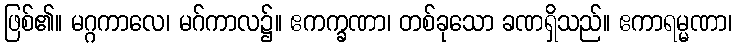
ဖြစ်၏။ မဂ္ဂကာလေ၊ မဂ်ကာလ၌။ ဧကက္ခဏာ၊ တစ်ခုသော ခဏရှိသည်။ ဧကာရမ္မဏာ၊